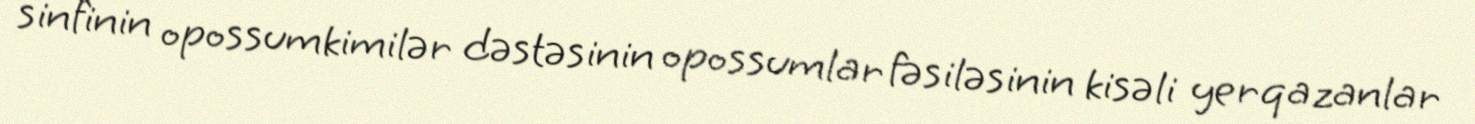
sinfinin opossumkimilər dəstəsinin opossumlar fəsiləsinin kisəli yerqazanlar